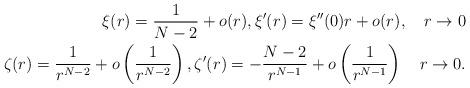
LaTeX: \begin{align*}\xi(r)=\frac{1}{N-2}+o(r), \xi'(r)=\xi''(0)r+o(r), \quad r\to0\\\zeta(r)=\frac{1}{r^{N-2}}+o\left(\frac{1}{r^{N-2}}\right), \zeta'(r)=-\frac{N-2}{r^{N-1}}+o\left(\frac{1}{r^{N-1}}\right) \quad r\to0.\end{align*}